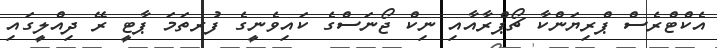
އެކްޓްރެސް ޕްރިޔަންކާ ޗޯޕްރާއާއި ނިކް ޖޯނަސްގެ ކައިވެނީގެ ފުރތަމަ ޕާޓީ ރޭ ދިއްލީގައި